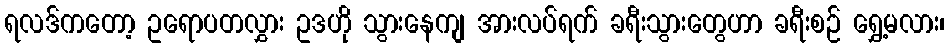
ရလဒ်ကတော့ ဥရောပတလွှား ဥဒဟို သွားနေကျ အားလပ်ရက် ခရီးသွားတွေဟာ ခရီးစဉ် ရွှေ့မလား၊